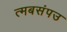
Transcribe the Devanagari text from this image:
त्मबसंपउ